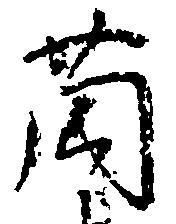
薗